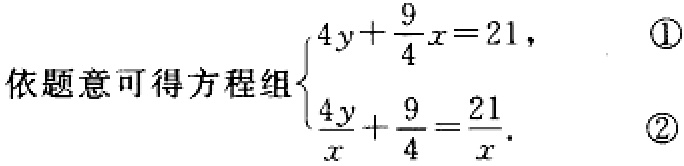
依题意可得方程组$\begin{cases}4y+\dfrac{9}{4}x = 21, &\textcircled{1}\\\dfrac{4y}{x}+\dfrac{9}{4}=\dfrac{21}{x}. &\textcircled{2}\end{cases}$